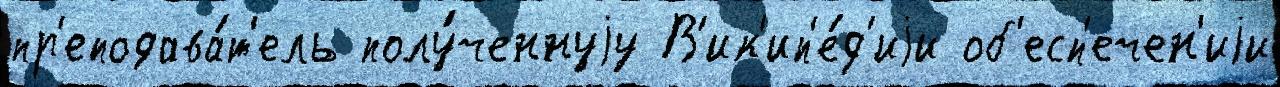
пр'еподава́т'ель полу́ченнуjу В'ик'ип'е́д'иjи об'есп'ечен'иjи